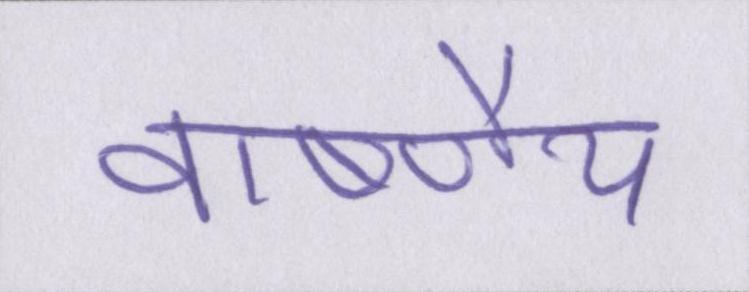
वार्ष्णेय